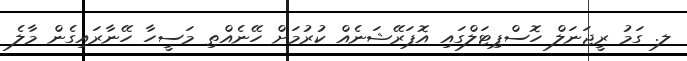
ލ. ގަމު ރީޖަނަލް ހޮސްޕިޓަލްގައި އޮޕަރޭޝަނެއް ކުރުމަށް ހޭނެއްތި މަސީހާ ހޭނާރައިގެން މާލެ